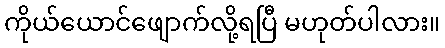
ကိုယ်ယောင်ဖျောက်လို့ရပြီ မဟုတ်ပါလား။